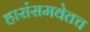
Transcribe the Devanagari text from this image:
हारांसमवेतच